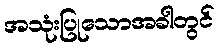
အသုံးပြုသောအခါတွင်